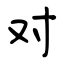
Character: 对